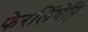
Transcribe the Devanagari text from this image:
फेरलिंघेट्टि